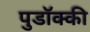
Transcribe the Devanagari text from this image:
पुडॉक्की